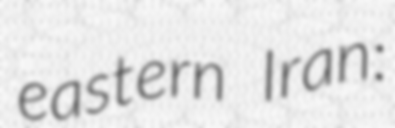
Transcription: eastern Iran: